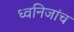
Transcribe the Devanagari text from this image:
ध्वनिजांच